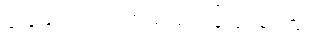
ခြေသည်း လက်သည်း ပြုပြင်မလား။